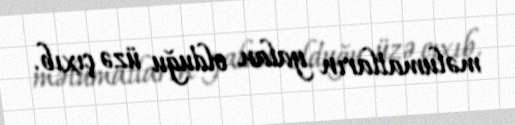
məlumatların yalan olduğu üzə çıxıb.